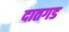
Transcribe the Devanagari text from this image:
दातगड